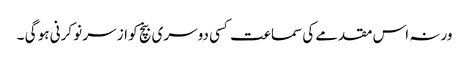
ورنہ اس مقدمے کی سماعت کسی دوسری بنچ کو از سر نو کرنی ہو گی ۔